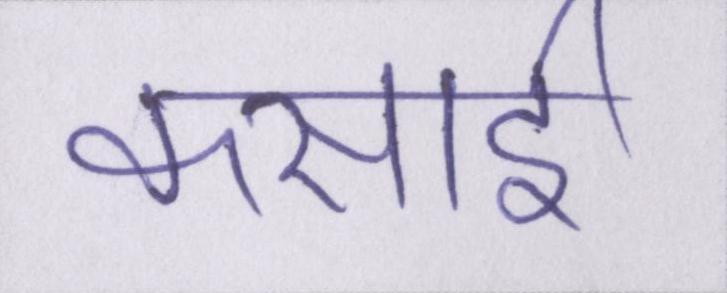
कसाई